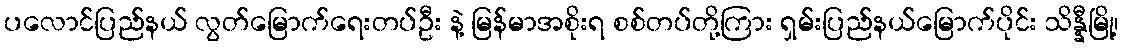
ပလောင်ပြည်နယ် လွတ်မြောက်ရေးတပ်ဦး နဲ့ မြန်မာအစိုးရ စစ်တပ်တို့ကြား ရှမ်းပြည်နယ်မြောက်ပိုင်း သိန္နီမြို့၊